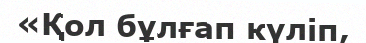
«Қол бұлғап күліп,